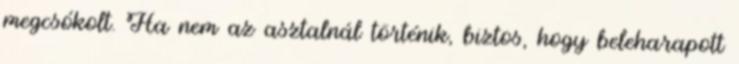
megcsókolt. Ha nem az asztalnál történik, biztos, hogy beleharapott